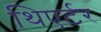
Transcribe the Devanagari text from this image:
थिएर्टर